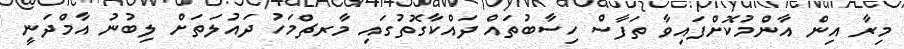
މިރާ އިން އާންމުކޮށްފައިވާ ތަފާސް ހިސާބުތައް ދައްކާގޮތުގައި މާރޗްމަހު ދައުލަތަށް ލިބުނު އާމްދަނީ